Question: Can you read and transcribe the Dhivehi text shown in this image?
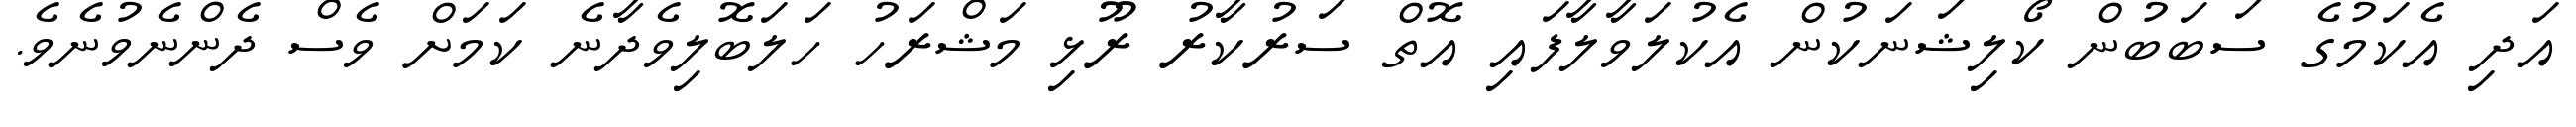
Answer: އަދި އެކަމުގެ ސަބަބުން ކޯލިޝަނަކުން އެކުލަވާލާފައި އޮތް ސަރުކާރު ރޫޅި މަޝްރަހު ހަލަބޮލިވެދާނެ ކަމަށް ވެސް ދެންނެވުނެވެ.